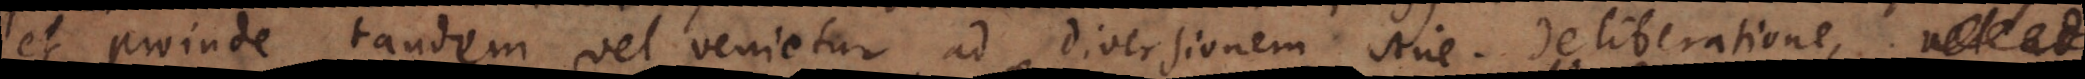
et proinde tandem vel venietur ad diversionem sine deliberatione,